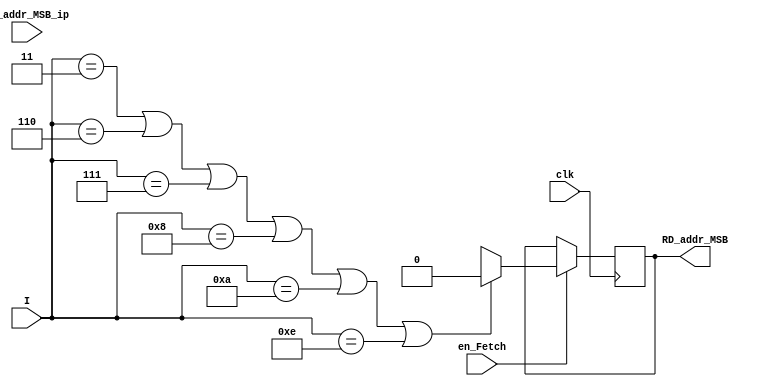
module Addr_MSB_gen(clk, en_Fetch, I, RD_addr_MSB_ip, RD_addr_MSB);

  input           clk;
  input           en_Fetch;
  input     [3:0] I;
  input           RD_addr_MSB_ip;
  output reg      RD_addr_MSB;
    
  always@(negedge clk)
    begin
      if(en_Fetch)
        begin
          //checking Instructions with 4 bit RD_Addr
          if((I==4'b0011)||(I==4'b0110)||(I==4'b0111)||(I==4'b1000)||(I==4'b1010)||(I==4'b1110))	
            RD_addr_MSB  <= 1'b0;	
          else
            RD_addr_MSB  <= RD_addr;
        end
    end

endmodule